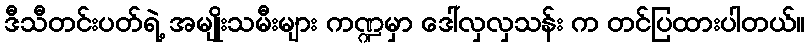
ဒီသီတင်းပတ်ရဲ့ အမျိုးသမီးများ ကဏ္ဍမှာ ဒေါ်လှလှသန်း က တင်ပြထားပါတယ်။